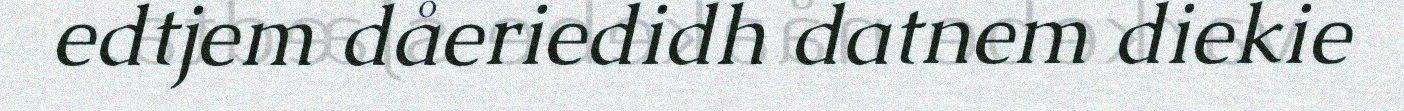
edtjem dåeriedidh datnem diekie